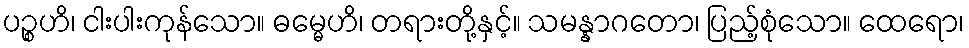
ပဉ္စဟိ၊ ငါးပါးကုန်သော။ ဓမ္မေဟိ၊ တရားတို့နှင့်။ သမန္နာဂတော၊ ပြည့်စုံသော။ ထေရော၊